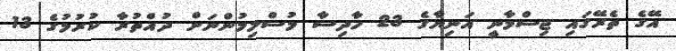
އޭގެ ތެރޭގައި ޖިސްމާނީ އަނިޔާގެ 23 ހާދިސާ މުސްލިމުންނަށް ދުއްތުރާ ކުރުމުގެ 13